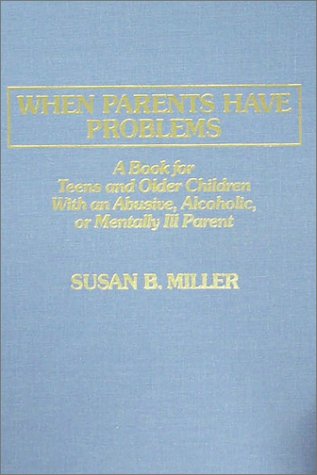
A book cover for When Parents Have Problems: A Book for Teens and Older Children With an Abusive, Alcoholic, or Mentally Ill Parent; Susan B. Miller; Teen & Young Adult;